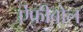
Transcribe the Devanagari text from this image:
ऐंफीबोल